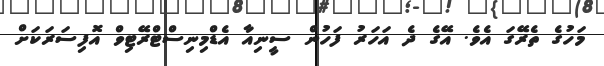
މަހުގެ ތެރޭގަ އެވެ. އޭގެ ދެ އަހަރު ފަހުން ސީނިއާ އެޑްމިނިސްޓްރޭޓިވް އޮފިސަރަކަށް